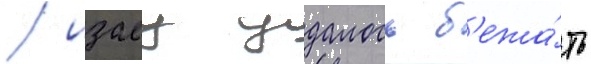
/ изаеу удалось б'ежа́ть